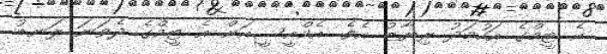
އެ ޓީމްގެ އަހުމަދު ރިޔާޒު އެވެ. އެމްއީސީއަށް އެ ޓީމްގެ ދެވަނަ ލަނޑު